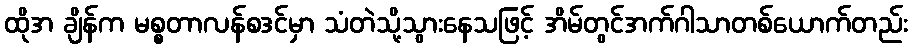
ထိုအ ချိန်က မစ္စတာလန်စဒင်မှာ သံတဲသို့သွားနေသဖြင့် အိမ်တွင်အက်ဂါသာတစ်ယောက်တည်း